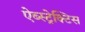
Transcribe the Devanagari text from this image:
ऐब्स्ट्रेक्टिस